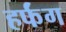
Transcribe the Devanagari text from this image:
हर्फंग